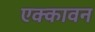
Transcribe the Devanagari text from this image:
एक्कावन